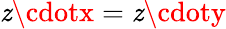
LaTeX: \mathit{z}\cdotx=\mathit{z}\cdoty